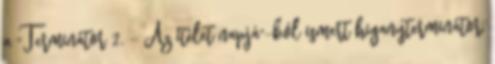
a "Terminátor 2. - Az ítélet napjá"-ból ismert higanyterminátor,